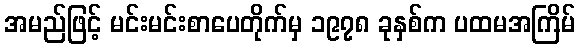
အမည်ဖြင့် မင်းမင်းစာပေတိုက်မှ ၁၉၇၈ ခုနှစ်က ပထမအကြိမ်